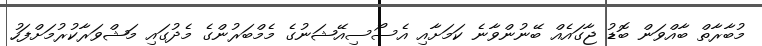
މުބާރާތް ބާއްވަން ބޮޑު ޖާގައެއް ބޭނުންވާނެ ކަމަށާއި އެސޯސިއޭޝަނުގެ މެމްބަރުންގެ މެދުގައި މަޝްވަރާކުރުމަށްފަހު